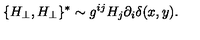
\{ H _ { \perp } , H _ { \perp } \} ^ { * } \sim g ^ { i j } H _ { j } \partial _ { i } \delta ( x , y ) .